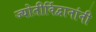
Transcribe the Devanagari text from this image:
ज्योतीर्विद्वानांनी